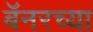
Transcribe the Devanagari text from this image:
बॅनरच्या